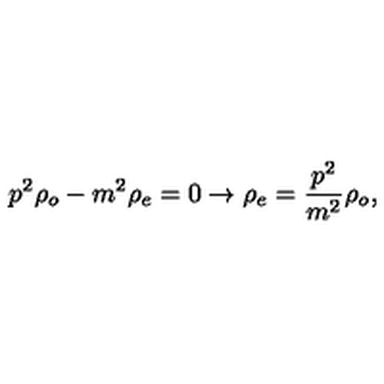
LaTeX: p ^ { 2 } \rho _ { o } - m ^ { 2 } \rho _ { e } = 0 \rightarrow \rho _ { e } = \frac { p ^ { 2 } } { m ^ { 2 } } \rho _ { o } ,